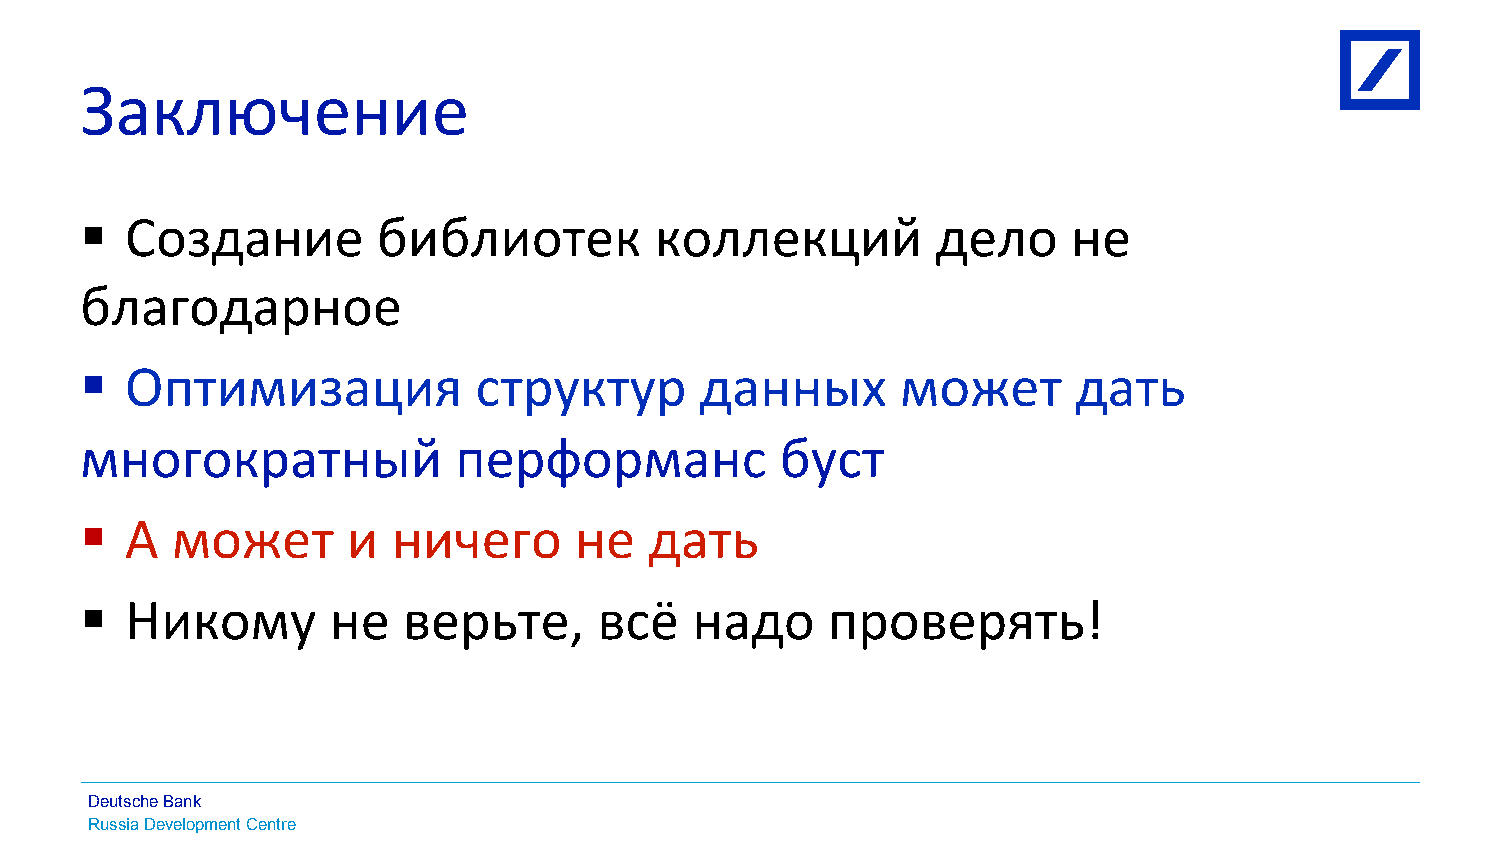
Заключение
 § Создание         библиотек         коллекций          дело     не
 благодарное
 § Оптимизация            структур       данных        может      дать
 многократный             перформанс            буст
 § А  может       и  ничего      не   дать
 § Никому        не   верьте,      всё   надо     проверять!
 Deutsche Bank
 Russia Development Centre